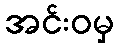
အင်းဝမှ